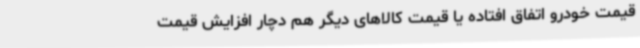
قیمت خودرو اتفاق افتاده یا قیمت کالاهای دیگر هم دچار افزایش قیمت